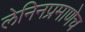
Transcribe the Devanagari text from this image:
लेनिनप्रमाणेच